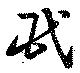
氏